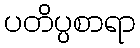
ပတိပ္ပစာရာ